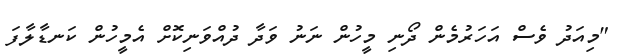
"މިއަދު ވެސް އަހަރުމެން ދޯނި މީހުން ނަނު ވަދާ ދުއްވަނިކޮށް އެމީހުން ކަނޑާލާފަ